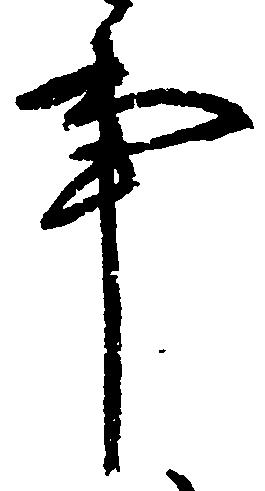
事